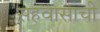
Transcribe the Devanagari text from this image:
सहवासाची